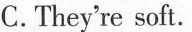
C.They're soft.